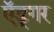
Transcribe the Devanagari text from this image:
ऍड्गर